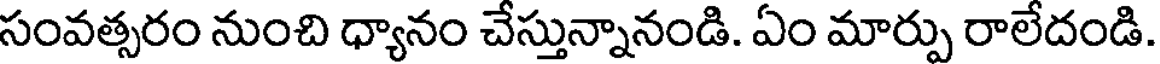
సంవత్సరం నుంచి ధ్యానం చేస్తున్నానండి. ఏం మార్పు రాలేదండి